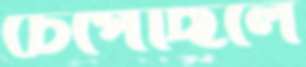
চেপেছিলে